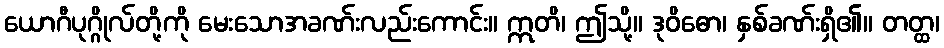
ယောဂီပုဂ္ဂိုလ်တို့ကို မေးသောအခဏ်းလည်းကောင်း။ ဣတိ၊ ဤသို့။ ဒုဝိဓော၊ နှစ်ခဏ်းရှိ၏။ တတ္ထ၊